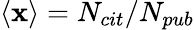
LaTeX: \left\langle{\mathbf{x}}\right\rangle=N_{cit}/N_{pub}